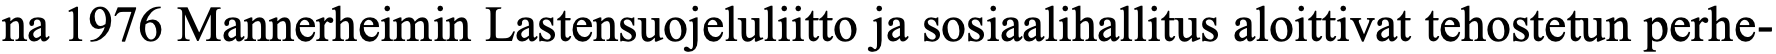
na 1976 Mannerheimin Lastensuojeluliitto ja sosiaalihallitus aloittivat tehostetun perhe-